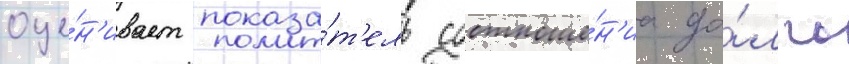
оце́н'ивает показа́т'ель соотноше́н'иа до́лга